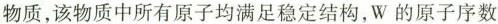
物质，该物质中所有原子均满足稳定结构，W的原子序数